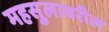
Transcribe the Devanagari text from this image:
महसुलावरील